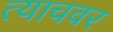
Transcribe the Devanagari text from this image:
त्याचवर